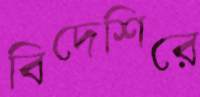
বিদেশিরে